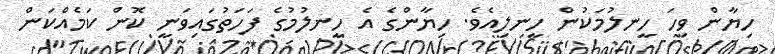
ހިޔާން ވިހަ ހީނލުމަކުން ހީނލިއެވެ. ހިޔާންގެ އެ ހީނލުމުގެ ފަހަތުގައިވަނީ ކޮން ކަމެއްކަން